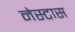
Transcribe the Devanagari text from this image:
नेस्टास